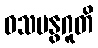
ဝသမနွဂူတိ